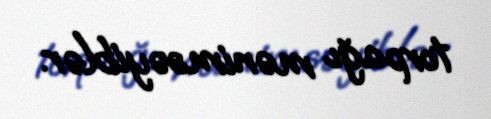
torpağı mənimsəyiblər.